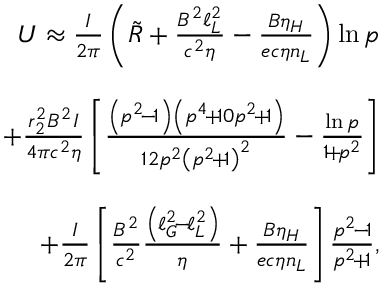
\begin{array} { r l r } & { } & { U \approx \frac { I } { 2 \pi } \left( \tilde { R } + \frac { B ^ { 2 } \ell _ { L } ^ { 2 } } { c ^ { 2 } \eta } - \frac { B \eta _ { H } } { e c \eta n _ { L } } \right) \ln p } \\ & { } & \\ & { } & { \qquad \qquad + \frac { r _ { 2 } ^ { 2 } B ^ { 2 } I } { 4 \pi c ^ { 2 } \eta } \left[ \frac { \left( p ^ { 2 } \! - \! 1 \right) \left( p ^ { 4 } \! + \! 1 0 p ^ { 2 } \! + \! 1 \right) } { 1 2 p ^ { 2 } \left( p ^ { 2 } \! + \! 1 \right) ^ { 2 } } - \frac { \ln p } { 1 \! + \! p ^ { 2 } } \right] } \\ & { } & \\ & { } & { \qquad \qquad + \frac { I } { 2 \pi } \left[ \frac { B ^ { 2 } } { c ^ { 2 } } \frac { \left( \ell _ { G } ^ { 2 } \! - \! \ell _ { L } ^ { 2 } \right) } { \eta } + \frac { B \eta _ { H } } { e c \eta n _ { L } } \right] \frac { p ^ { 2 } \! - \! 1 } { p ^ { 2 } \! + \! 1 } , } \end{array}